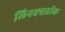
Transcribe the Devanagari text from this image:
लिनक्सडॉक